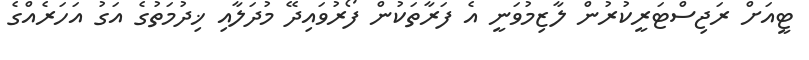
ޓީއަށް ރަޖިސްޓަރީކުރުން ލާޒިމުވަނީ އެ ފަރާތަކުން ފޯރުވައިދޭ މުދަލާއި ޚިދުމަތުގެ އަގު އަހަރެއްގެ